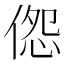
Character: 𪝔